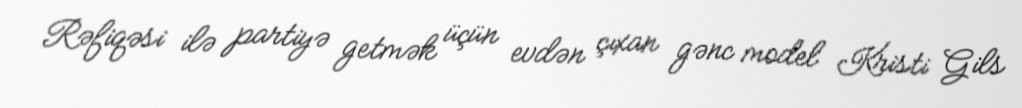
Rəfiqəsi ilə partiyə getmək üçün evdən çıxan gənc model Kristi Gils